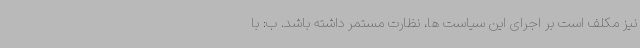
نیز مکلف است بر اجرای این سیاست ها، نظارت مستمر داشته باشد. ب: با